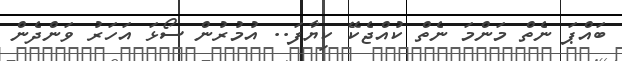
ބައްޕަ ނެތް މަންމަ ނެތް ކުއްޖެކޭ ކިޔާފަ.. އުމުރުން ސޯޅަ އަހަރު ވަންދެން